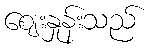
ဈေးနှုန်းသည်